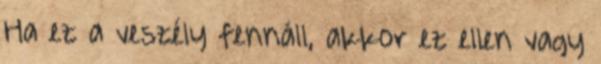
Ha ez a veszély fennáll, akkor ez ellen vagy